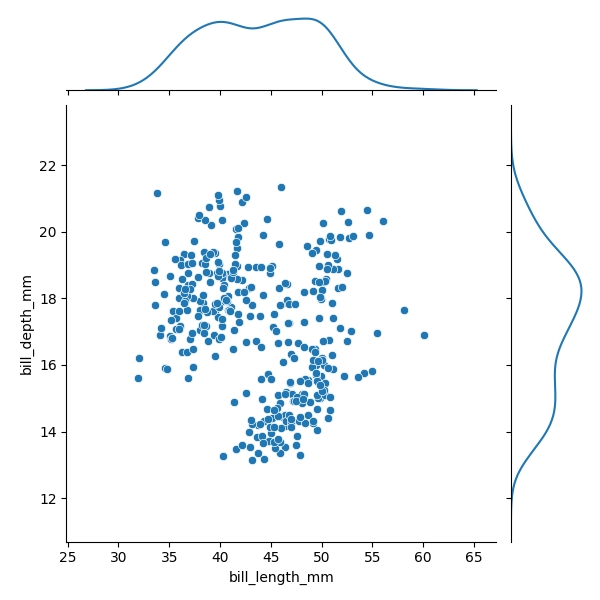
python, seaborn, JointGrid, scatterplot, kdeplot